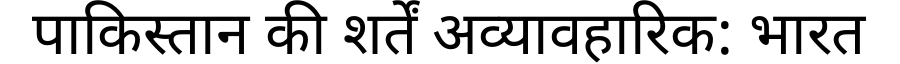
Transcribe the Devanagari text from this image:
पाकिस्तान की शर्तें अव्यावहारिक: भारत